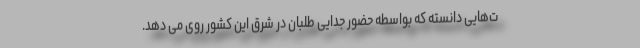
ت‌هایی دانسته که بواسطه حضور جدایی طلبان در شرق این کشور روی می دهد.